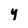
Character: y